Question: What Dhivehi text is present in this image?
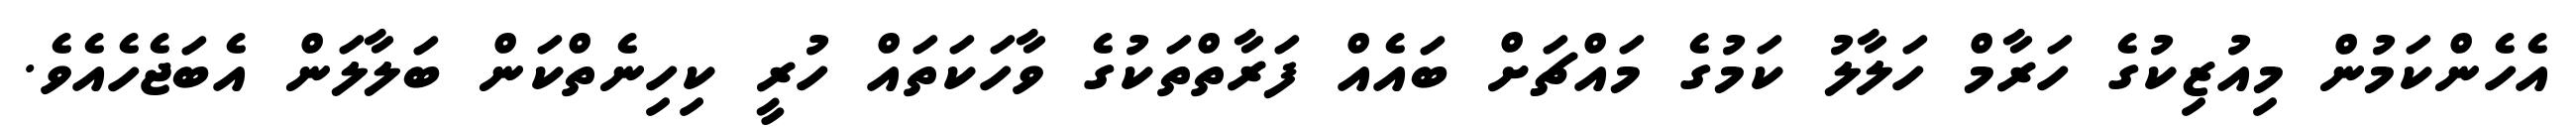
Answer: އެހެންކަމުން މިއުޒިކުގެ ހަރާމް ހަލާލު ކަމުގެ މައްޗަށް ބައެއް ފަރާތްތަކުގެ ވާހަކަތައް ހުރީ ކިހިނެތްކަން ބަލާލަން އެބަޖެހެއެވެ.